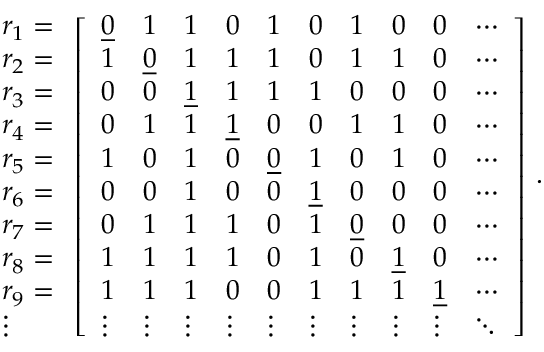
\begin{array} { l } { r _ { 1 } = } \\ { r _ { 2 } = } \\ { r _ { 3 } = } \\ { r _ { 4 } = } \\ { r _ { 5 } = } \\ { r _ { 6 } = } \\ { r _ { 7 } = } \\ { r _ { 8 } = } \\ { r _ { 9 } = } \\ { \vdots } \end{array} \left[ \begin{array} { l l l l l l l l l l } { \underline { { 0 } } } & { 1 } & { 1 } & { 0 } & { 1 } & { 0 } & { 1 } & { 0 } & { 0 } & { \cdots } \\ { 1 } & { \underline { { 0 } } } & { 1 } & { 1 } & { 1 } & { 0 } & { 1 } & { 1 } & { 0 } & { \cdots } \\ { 0 } & { 0 } & { \underline { { 1 } } } & { 1 } & { 1 } & { 1 } & { 0 } & { 0 } & { 0 } & { \cdots } \\ { 0 } & { 1 } & { 1 } & { \underline { { 1 } } } & { 0 } & { 0 } & { 1 } & { 1 } & { 0 } & { \cdots } \\ { 1 } & { 0 } & { 1 } & { 0 } & { \underline { { 0 } } } & { 1 } & { 0 } & { 1 } & { 0 } & { \cdots } \\ { 0 } & { 0 } & { 1 } & { 0 } & { 0 } & { \underline { { 1 } } } & { 0 } & { 0 } & { 0 } & { \cdots } \\ { 0 } & { 1 } & { 1 } & { 1 } & { 0 } & { 1 } & { \underline { { 0 } } } & { 0 } & { 0 } & { \cdots } \\ { 1 } & { 1 } & { 1 } & { 1 } & { 0 } & { 1 } & { 0 } & { \underline { { 1 } } } & { 0 } & { \cdots } \\ { 1 } & { 1 } & { 1 } & { 0 } & { 0 } & { 1 } & { 1 } & { 1 } & { \underline { { 1 } } } & { \cdots } \\ { \vdots } & { \vdots } & { \vdots } & { \vdots } & { \vdots } & { \vdots } & { \vdots } & { \vdots } & { \vdots } & { \ddots } \end{array} \right] \, .